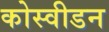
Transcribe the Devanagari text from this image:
कोस्वीडन